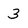
Character: 3